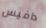
دافيس